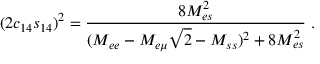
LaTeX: ( 2 c _ { 1 4 } s _ { 1 4 } ) ^ { 2 } = \frac { 8 M _ { e s } ^ { 2 } } { ( M _ { e e } - M _ { e \mu } \sqrt { 2 } - M _ { s s } ) ^ { 2 } + 8 M _ { e s } ^ { 2 } } \; .